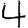
Digit: 4